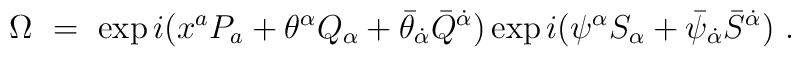
\Omega\ =\ \exp i(x^aP_a +\theta^\alpha Q_\alpha +\bar\theta_{\dot\alpha}\bar Q^{\dot\alpha})\exp i(\psi^\alpha S_\alpha +\bar\psi_{\dot\alpha}\bar S^{\dot\alpha})\ .